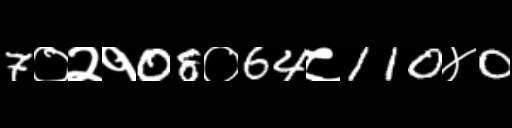
Text: 7०२१08०64८110४0